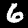
Digit: 6